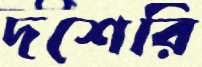
দশেরি